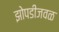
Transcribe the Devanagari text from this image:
झोपडीजवळ